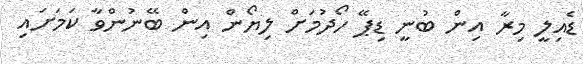
ޑެއިލީ މިރާ އިން ބުނީ ޑިޕޭ ހޯދުމަށް ލިޔޯން އިން ބޭނުންވާ ކަމަށައި